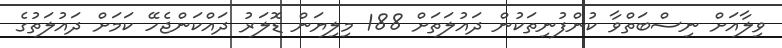
ވިލާއަށް ނިސްބަތްވާ ކުންފުނިތަކުން ދައުލަތަށް 188 މިލިޔަން ޑޮލަރު ދައްކަންޖެހޭ ކަމަށް ދައުލަތުގެ